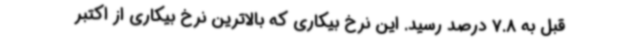
قبل به 7.8 درصد رسید. این نرخ بیکاری که بالاترین نرخ بیکاری از اکتبر